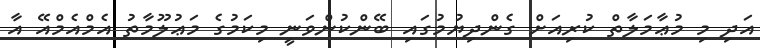
އަދި މި މުޢާމަލާތް ކުރިއަށް ގެންދިޔުމުގައި ބޭންކުންވަނީ މިކަމުގެ މަޢުލޫމާތު އެމްއެމްއޭ އާ